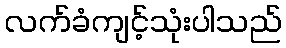
လက်ခံကျင့်သုံးပါသည်